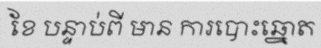
ខែ បន្ទាប់ពី មាន ការបោះឆ្នោត